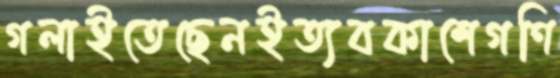
গলাইতেছেনইত্যবকাশেগণি